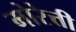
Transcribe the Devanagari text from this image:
मोरेत्ती